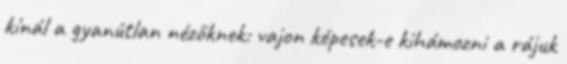
kínál a gyanútlan nézőknek: vajon képesek-e kihámozni a rájuk